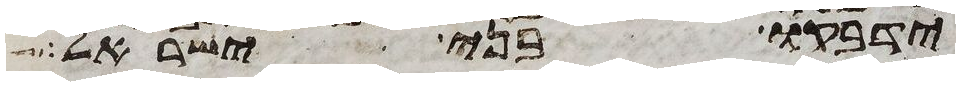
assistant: ידבקו בני ישראל